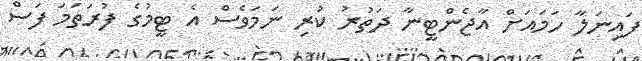
ފައިނަލާ ހަމައަށް އާޖެންޓީނާ ދަތުރު ކުރި ނަމަވެސް އެ ޓީމުގެ ފުރަތަމަ ފަސް